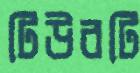
টিউবটি